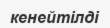
кенейтілді